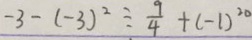
- 3 - ( - 3 ) ^ { 2 } \div \frac { 9 } { 4 } + ( - 1 ) ^ { 2 0 }